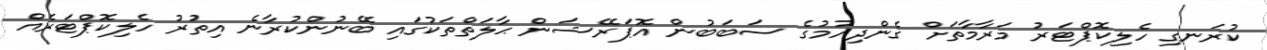
ކުރަނގި ހެލިކޮޕްޓަރު މަރާމާތަށް ގެންދިއުމުގެ ސަބަބުން އޮޕަރޭޝަން ޙާލަތްތަކުގައި ބޭނުންކުރާނެ އިތުރު ހެލިކޮޕްޓަރެއް